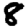
Digit: 8